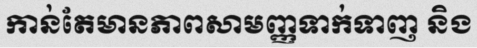
កាន់តែមានភាពសាមញ្ញទាក់ទាញ និង